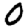
Digit: 0